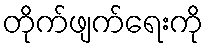
တိုက်ဖျက်ရေးကို